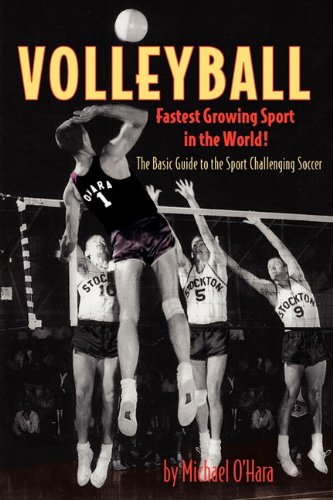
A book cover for Volleyball Fastest Growing Sport in the World; Michael O'Hara; Sports & Outdoors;